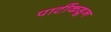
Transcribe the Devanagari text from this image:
पार्टीकडून